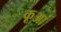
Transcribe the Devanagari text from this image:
कूआं